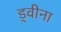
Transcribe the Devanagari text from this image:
ड्वीना